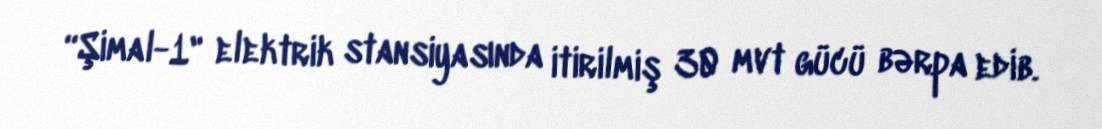
“Şimal-1" elektrik stansiyasında itirilmiş 30 mvt gücü bərpa edib.